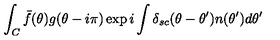
\int _ { C } \bar { f } ( \theta ) g ( \theta - i \pi ) \exp i \int \delta _ { s c } ( \theta - \theta ^ { \prime } ) n ( \theta ^ { \prime } ) d \theta ^ { \prime }